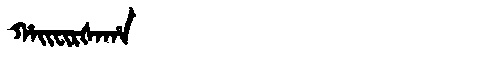
Manchu: ᡥᠠᡳᠸᡳᡵᡧᠠᡥᠠ
Romanization: HAIFIRŠAHA